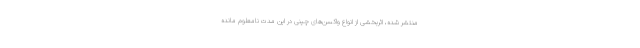
منتشر شده، اثربخشی از انواع واکسن‌های چینی در این مدت نامعلوم مانده